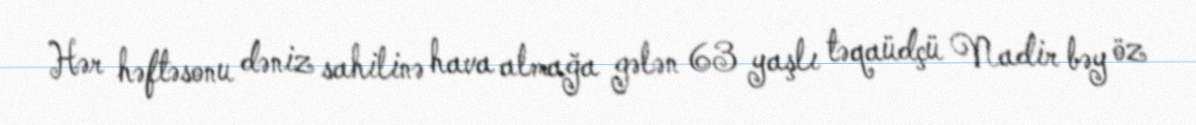
Hər həftəsonu dəniz sahilinə hava almağa gələn 63 yaşlı təqaüdçü Nadir bəy öz